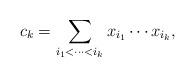
LaTeX: \begin{align*}c_k = \sum_{i_1<\cdots < i_k} x_{i_1}\cdots x_{i_k},\end{align*}